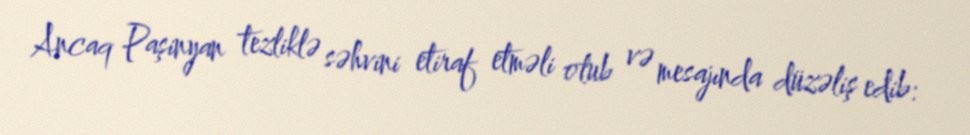
Ancaq Paşinyan tezliklə səhvini etiraf etməli olub və mesajında düzəliş edib: